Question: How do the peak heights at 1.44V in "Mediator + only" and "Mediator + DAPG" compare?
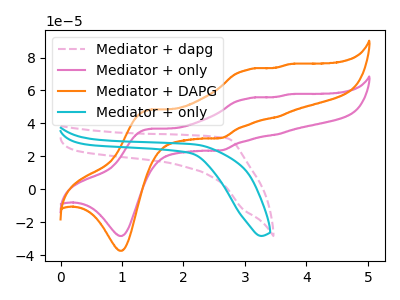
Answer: <think>The pink dashed curve "Mediator + dapg" has no peaks. The pink curve "Mediator + only" has anodic peaks at (1.45V, 36.70uA) (3.05V, 55.10uA) (3.50V, 33.25uA) (3.70V, 57.65uA) and cathodic peaks at (1.00V, -28.30uA) (2.60V, 23.60uA). The orange curve "Mediator + DAPG" has anodic peaks at (1.45V, 48.30uA) (3.05V, 72.60uA) (3.50V, 43.80uA) (3.70V, 75.90uA) and cathodic peaks at (1.00V, -37.30uA) (2.60V, 31.10uA). The cyan curve "Mediator + only" has no peaks.</think>
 <answer>The peak at 1.44V is lower in "Mediator + only" than in "Mediator + DAPG".</answer>
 <eval>lower</eval>